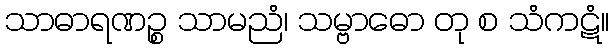
သာဓာရဏဉ္စ သာမညံ၊ သမ္ဗာဓော တု စ သံကဋံ။